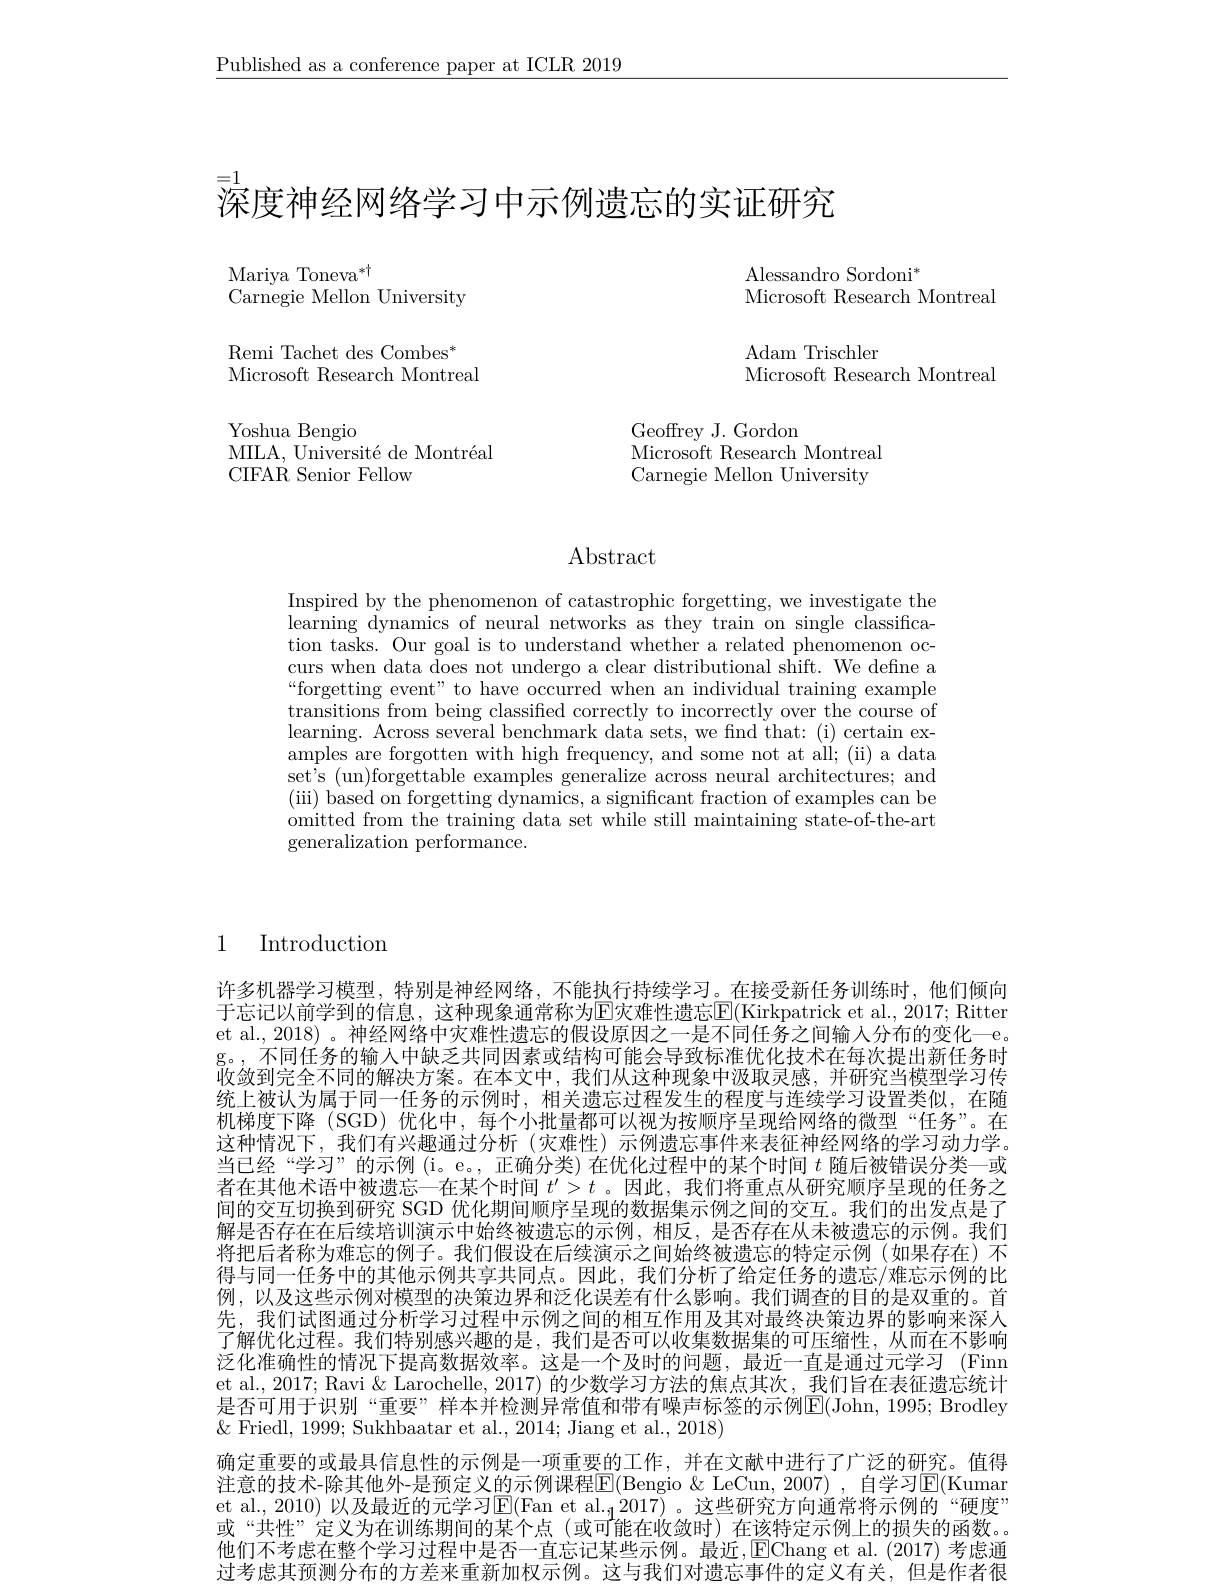
$\underline{\text{Published as a conference paper at ICLR 2019}}$

## =1
$\bar{\text{深度神经网络学习中示例遗忘的实证研究}}$

$\underset{\mathrm{C}}{\operatorname*{\mathrm{Mariya~Toneva}}}{\operatorname*{\mathrm{Toneva}}}^{*\dagger}$
Carnegie Mellon University

Alessandro Sordoni$^*$
Microsoft Research Montreal

Remi Tachet des Combes$^*$
Microsoft Research Montreal

$\mathop{\mathrm{Adam~Trischler}}$
Microsoft Research Montreal

Geoffrey J. Gordon
Microsoft Research Montreal Carnegie Mellon University

Yoshua Bengio
MILA, Université de Montréal
CIFAR Senior Fellow

Abstract

Inspired by the phenomenon of catastrophic forgetting, we investigate the learning dynamics of neural networks as they train on single classification tasks. Our goal is to understand whether a related phenomenon occurs when data does not undergo a clear distributional shift. We define a $“$forgetting event" to have occurred when an individual training example transitions from being classified correctly to incorrectly over the course of learning. Across several benchmark data sets, we find that: (i) certain examples are forgotten with high frequency, and some not at all; (ii) a data set's (un)forgettable examples generalize across neural architectures; and (iii) based on forgetting dynamics, a significant fraction of examples can be omitted from the training data set while still maintaining state-of-the-art generalization performance.

1

Introduction

许多机器学习模型，特别是神经网络，不能执行持续学习。在接受新任务训练时，他们倾向于忘记以前学到的信息，这种现象通常称为$\overline{\mathrm{E}}$灾难性遗忘$\boxed{\mathrm{F}}($Kirkpatrick et al., 2017; Ritter et al., 2018) 。神经网络中灾难性遗忘的假设原因之一是不同任务之间输入分布的变化一e g。,不同任务的输入中缺乏共同因素或结构可能会导致标准优化技术在每次提出新任务时收敛到完全不同的解决方案。在本文中，我们从这种现象中汲取灵感，并研究当模型学习传统上被认为属于同一任务的示例时，相关遗忘过程发生的程度与连续学习设置类似，在随机梯度下降(SGD)优化中，每个小批量都可以视为按顺序呈现给网络的微型“任务”。在这种情况下，我们有兴趣通过分析(灾难性)示例遗忘事件来表征神经网络的学习动力学。当已经“学习”的示例(i。e。,正确分类)在优化过程中的某个时间$t$随后被错误分类一或者在其他术语中被遗忘一在某个时间$t^\prime>t$ 。因此，我们将重点从研究顺序呈现的任务之间的交互切换到研究 SGD 优化期间顺序呈现的数据集示例之间的交互。我们的出发点是了解是否存在在后续培训演示中始终被遗忘的示例，相反，是否存在从未被遗忘的示例。我们将把后者称为难忘的例子。我们假设在后续演示之间始终被遗忘的特定示例(如果存在)不得与同一任务中的其他示例共享共同点。因此，我们分析了给定任务的遗忘/难忘示例的比例，以及这些示例对模型的决策边界和泛化误差有什么影响。我们调查的目的是双重的。首先，我们试图通过分析学习过程中示例之间的相互作用及其对最终决策边界的影响来深人了解优化过程。我们特别感兴趣的是，我们是否可以收集数据集的可压缩性，从而在不影响泛化准确性的情况下提高数据效率。这是一个及时的问题，最近一直是通过元学习 (Fimn et al., 2017; Ravi & Larochelle, 2017) 的少数学习方法的焦点其次，我们旨在表征遗忘统计是否可用于识别“重要”样本并检测异常值和带有噪声标签的示例E(John, 1995; Brodley $\&$ Friedl, 1999; Sukhbaatar et al., 2014; Jiang et al., 2018)
确定重要的或最具信息性的示例是一项重要的工作，并在文献中进行了广泛的研究。值得注意的技术-除其他外-是预定义的示例课程$\overline{\mathrm{E}}($Bengio $\&$ LeCun, 2007) ,自学习$\mathbb{E}($Kumar et al., 2010) 以及最近的元学习$\overline{\mathrm{E}}($Fan et al.$_12017)$ 。这些研究方向通常将示例的 “硬度” 或“共性”定义为在训练期间的某个点(或可能在收敛时)在该特定示例上的损失的函数。他们不考虑在整个学习过程中是否一直忘记某些示例。最近，$\operatorname{EChang}$ et al.(2017) 考虑通过考虑其预测分布的方差来重新加权示例。这与我们对遗忘事件的定义有关，但是作者很